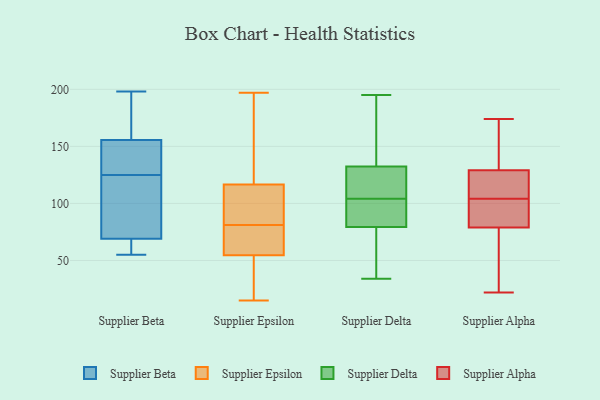
{"axis": {"x": "Website Visitors", "y": "Value"}, "legend": ["Supplier Alpha", "Supplier Beta", "Supplier Delta", "Supplier Epsilon"], "data": [{"x": "", "y": 143, "type": "Supplier Beta"}, {"x": "", "y": 124, "type": "Supplier Beta"}, {"x": "", "y": 110, "type": "Supplier Beta"}, {"x": "", "y": 55, "type": "Supplier Beta"}, {"x": "", "y": 152, "type": "Supplier Beta"}, {"x": "", "y": 194, "type": "Supplier Beta"}, {"x": "", "y": 192, "type": "Supplier Beta"}, {"x": "", "y": 198, "type": "Supplier Beta"}, {"x": "", "y": 55, "type": "Supplier Beta"}, {"x": "", "y": 142, "type": "Supplier Beta"}, {"x": "", "y": 62, "type": "Supplier Beta"}, {"x": "", "y": 58, "type": "Supplier Beta"}, {"x": "", "y": 159, "type": "Supplier Beta"}, {"x": "", "y": 85, "type": "Supplier Beta"}, {"x": "", "y": 126, "type": "Supplier Beta"}, {"x": "", "y": 76, "type": "Supplier Beta"}, {"x": "", "y": 77, "type": "Supplier Epsilon"}, {"x": "", "y": 197, "type": "Supplier Epsilon"}, {"x": "", "y": 112, "type": "Supplier Epsilon"}, {"x": "", "y": 70, "type": "Supplier Epsilon"}, {"x": "", "y": 118, "type": "Supplier Epsilon"}, {"x": "", "y": 84, "type": "Supplier Epsilon"}, {"x": "", "y": 152, "type": "Supplier Epsilon"}, {"x": "", "y": 56, "type": "Supplier Epsilon"}, {"x": "", "y": 83, "type": "Supplier Epsilon"}, {"x": "", "y": 192, "type": "Supplier Epsilon"}, {"x": "", "y": 15, "type": "Supplier Epsilon"}, {"x": "", "y": 17, "type": "Supplier Epsilon"}, {"x": "", "y": 170, "type": "Supplier Epsilon"}, {"x": "", "y": 40, "type": "Supplier Epsilon"}, {"x": "", "y": 45, "type": "Supplier Epsilon"}, {"x": "", "y": 81, "type": "Supplier Epsilon"}, {"x": "", "y": 78, "type": "Supplier Epsilon"}, {"x": "", "y": 54, "type": "Supplier Epsilon"}, {"x": "", "y": 82, "type": "Supplier Epsilon"}, {"x": "", "y": 127, "type": "Supplier Delta"}, {"x": "", "y": 130, "type": "Supplier Delta"}, {"x": "", "y": 84, "type": "Supplier Delta"}, {"x": "", "y": 111, "type": "Supplier Delta"}, {"x": "", "y": 60, "type": "Supplier Delta"}, {"x": "", "y": 139, "type": "Supplier Delta"}, {"x": "", "y": 82, "type": "Supplier Delta"}, {"x": "", "y": 186, "type": "Supplier Delta"}, {"x": "", "y": 104, "type": "Supplier Delta"}, {"x": "", "y": 71, "type": "Supplier Delta"}, {"x": "", "y": 91, "type": "Supplier Delta"}, {"x": "", "y": 34, "type": "Supplier Delta"}, {"x": "", "y": 195, "type": "Supplier Delta"}, {"x": "", "y": 93, "type": "Supplier Delta"}, {"x": "", "y": 71, "type": "Supplier Delta"}, {"x": "", "y": 157, "type": "Supplier Delta"}, {"x": "", "y": 113, "type": "Supplier Delta"}, {"x": "", "y": 105, "type": "Supplier Alpha"}, {"x": "", "y": 174, "type": "Supplier Alpha"}, {"x": "", "y": 103, "type": "Supplier Alpha"}, {"x": "", "y": 144, "type": "Supplier Alpha"}, {"x": "", "y": 64, "type": "Supplier Alpha"}, {"x": "", "y": 46, "type": "Supplier Alpha"}, {"x": "", "y": 131, "type": "Supplier Alpha"}, {"x": "", "y": 26, "type": "Supplier Alpha"}, {"x": "", "y": 88, "type": "Supplier Alpha"}, {"x": "", "y": 79, "type": "Supplier Alpha"}, {"x": "", "y": 125, "type": "Supplier Alpha"}, {"x": "", "y": 119, "type": "Supplier Alpha"}, {"x": "", "y": 92, "type": "Supplier Alpha"}, {"x": "", "y": 127, "type": "Supplier Alpha"}, {"x": "", "y": 22, "type": "Supplier Alpha"}, {"x": "", "y": 149, "type": "Supplier Alpha"}, {"x": "", "y": 129, "type": "Supplier Alpha"}, {"x": "", "y": 95, "type": "Supplier Alpha"}]}